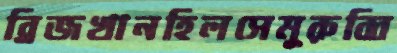
ব্রিজখানহিলসেমুরুব্বি